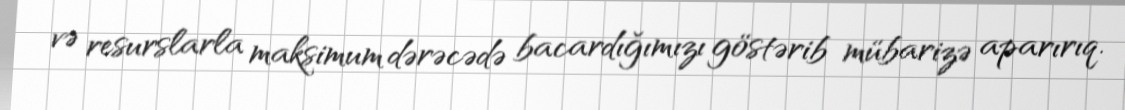
və resurslarla maksimum dərəcədə bacardığımızı göstərib mübarizə aparırıq.